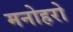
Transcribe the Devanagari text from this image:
मनोहरो